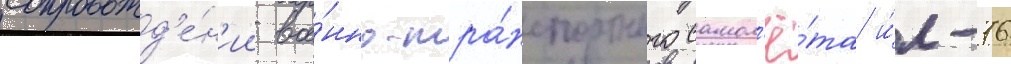
сопровожд'е́н'ии вое́нно-тра́нспортного самол'ё́та и́л-76